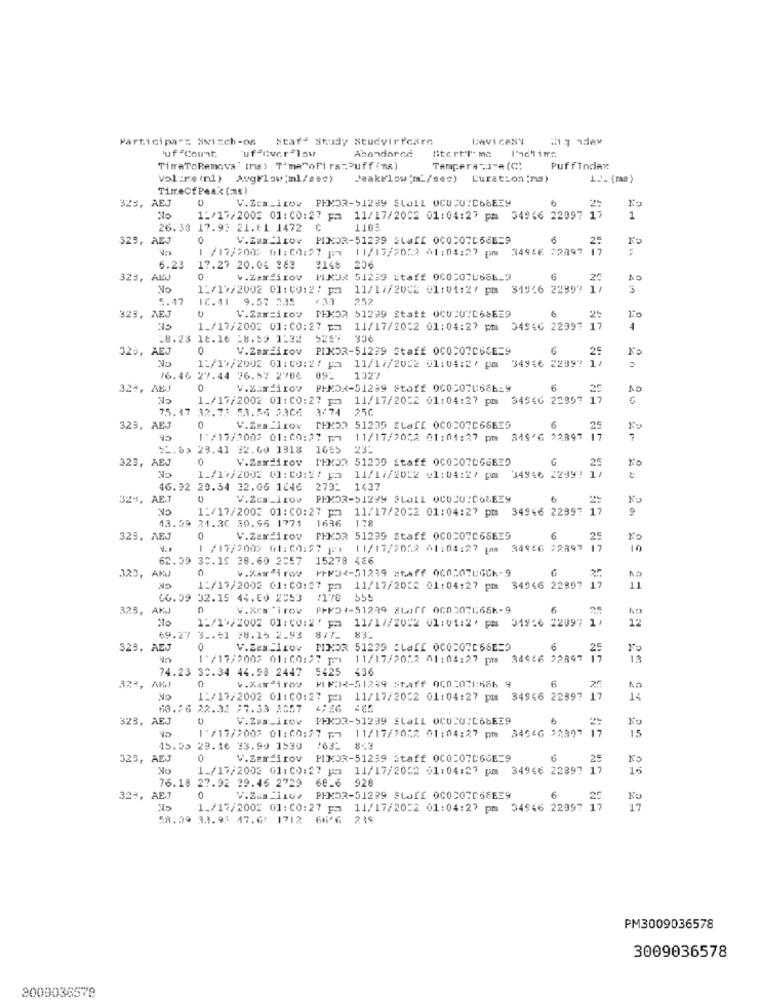
Participa == Svizch-os
Stafd Study Studyirfcare
Lavicesy
uf "Count.
uf-Cuerªlow
Abondored
StertT- ma
TimeToRemova" (ms) T'me"oFirstPuffina)
Tempera .Je (C)
Puffindex
Volume (nl) AvgFlow;ml/sec)
JaakFlow'm'/sec)
Curation :ma)
L.)_ (ma )
TimecfPeak (ms)
V.Zra.irov PHKOR-51234 SLOLL OCUCUICOSEEY
325, AEJ
Ne
11/17/2002 01:00: 27 pm 11/17/2002 01:04:27 pm 34946 22097 17
EOTT
1
26.38 17.92 21.81 1472 Ç
325, AEJ
0
V.Zza:ltov PIKOR-51239 Staff 0C020766E=9
6
Fo
1 /17/2005 01:00:27 1:7
11/17/2012 01:04:27 pm 3496 72097
6.23
17.27 20.04 883
3148 206
323,
ABJ
0
PLNOX 51239 Staff 0COCO7U666_9
6
25
No
11/17/2002 01: 00:2/ pa 11/1//2002 01:01:2/ pm 319:6 22997 ]
5.47
IC.41
9.57 235
€ 33
252
V.Zam=irov TEKOR 51299 Statt OCUCU"C68EE9
6
Fo
323, AEJ
25
1./17/2002 01:00: 27 pm 11/17/2002 01:04:27 pm
34S46 22097 17
4
-8.23 18.16 -8.59 1:32 5267
306
325, AEJ
0
V.Zamilrov PIXOR-51239 Staff 0C0207066E=9
6
25
No
34946 22997 ]
1:/17/2002 01: 00:2/ pa 11/17/2002 01:04:27 pm
6.46 27.44 76.57 2'706 092
1327
, ABJ
0
V.Zardirov PHNOX-51299 Staff 0003070566-9
6
25
10
1_/17/2002 01:00:27 pm 11/17/2002 01:04:27 pm 34546 22997
75.17 32.73 53.54 2306
3/74 256
323, AEJ
V.Zestirov PHVOR 51239 ELaff 0COCO7C66E55
6
1 /17/2002 01:00:27 pm 11/17/2022 01:01:27 pm 345'6 22897
51.63 23.41 22.60 1818 1655
23:
323, AEJ
0
V.Zardirov IHMOR 51299 Staff 0COCO7066639
G
25
Ko
1_/17/2002 01: 00:2: Fa
11/17/2012 v1:04:27 pm 34946 22997 1/
46.92 20.34 32.06 1246 2732
1437
329, AEJ
AE.J
CK
V.2⑆⑈-11ov PHKOR-51229 SLOLL OCUCU"COMEZY
No
1:/17/2002 01:00: 27 pm 11/17/2002 01:04:27 pm 34946 22997
17
13.39 21.30 30.55 1771 1636
178
323.
V.Zardiroy PHKOR 51299 Staff 0COCO7C65635
6
25
1 /17/2002 01:00:27 |1 11/17/2052 01:04:27 pm 34956 22897
62.39 30.15 38.60 2057 15278 486
323, ANJ
4.Kawai rov
PFM32-51239 staff 06050786Ch-9
6
NO
1:/17/2002 01: CO:27 pm 11/17/2022 01:04:27 pm 34946 22997
11
66.39 32.15 44.69 2053
/178 555
323, AKJ
V.Zes "irov PPM5 *- 51239 ZLaff 0C0207666k-9
6
1:/19/2002 01: 00:2/ p= 11/17/2002 01:01:2. pm 31966 22097 1/
22
69.27 3 .. 51 #8.15 2.93 877_
329. A
0
V.Zza Irov PINOR 51239 ALaff 0CQC076659
6
25
1'/17/2002 01:00:27 pm
11/17/2012 01:04:27 pm 34946 22897
13
74.23 30.34 44.98 2447 5425 436
0
4.Kardi roy MIM:12-51239 staff 000:078:566 9
6
323, AMI
2ª
NO
1:/17/2002 01: CO: 27 pm) 11/17/2032 01:04:27 pm 34946 22897 17
14
63.26 22.32 27.33 #357
323, AEJ
V.2mm.irov PHKOR-51239 Stall OCUPU"C6SEE9
1'/17/2002 01:00:27 1.1 11/17/2052 01:04:27 pm 34946 22897
15
45.35 29.16 23.99 1530
163- 843
325, AEJ
0
V.Zemdirov
PINOR-51239 Staff 0COCO7066E=9
6
25
No
1./17/2002 01:00:27 pm
11/17/2032 01:04:27 pm 34966 22897 17
76.18 27.92 29.46 2729 60-6 928
32%, AEJ
0
V.2.121100 PHMOR-51239 SLAIf OCOCO7C66EE9
6
1./17/2002 01:00: 27 pm 11/17/2032 01:04:27 pm 34546 22097
17
58.09 33.93 47.6: 1712 666 239
PM3009036578
3009036578
3009036578